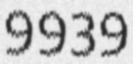
9939